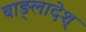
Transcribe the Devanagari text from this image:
बाङ्लादेश्